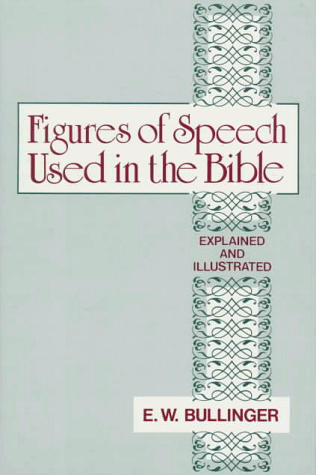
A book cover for Figures of Speech Used in the Bible: Explained and Illustrated; E. W. Bullinger; Christian Books & Bibles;